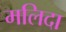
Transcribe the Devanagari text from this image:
मलिदा